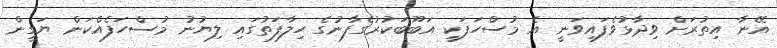
އޭނާ އިތުރަށް ވިދާޅުވެފައިވަނީ އެ މުސްހަފަކީ އަބޫބަކުރުގެފާނުގެ ހިލާފަތުގައި ލިޔުނު މުސްހަފެއްކަން ޔަގީން